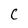
Character: C